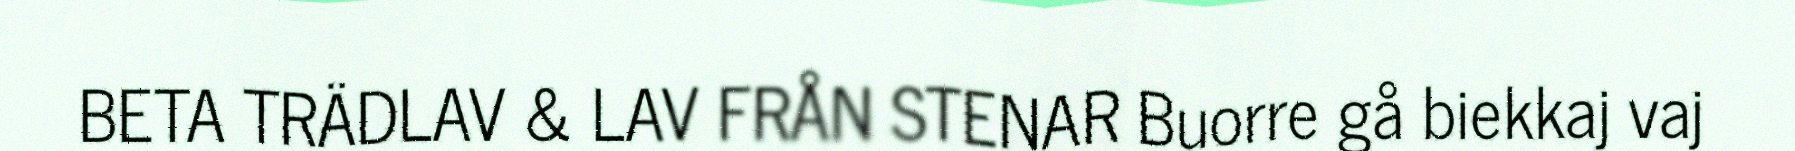
BETA TRÄDLAV & LAV FRÅN STENAR Buorre gå biekkaj vaj